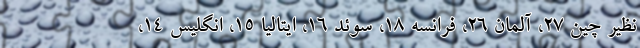
نظیر چین ۲۷، آلمان ۲۶، فرانسه ۱۸، سوئد ۱۶، ایتالیا ۱۵، انگلیس ۱۴،